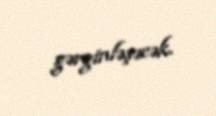
gərginləşəcək.